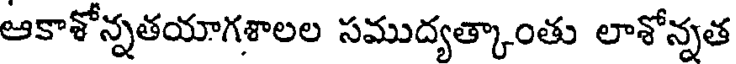
ఆకాశోన్నతయాగశాలల సముద్యత్కాంతు లాశోన్నత